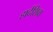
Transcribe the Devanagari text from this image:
हार्दशिवा